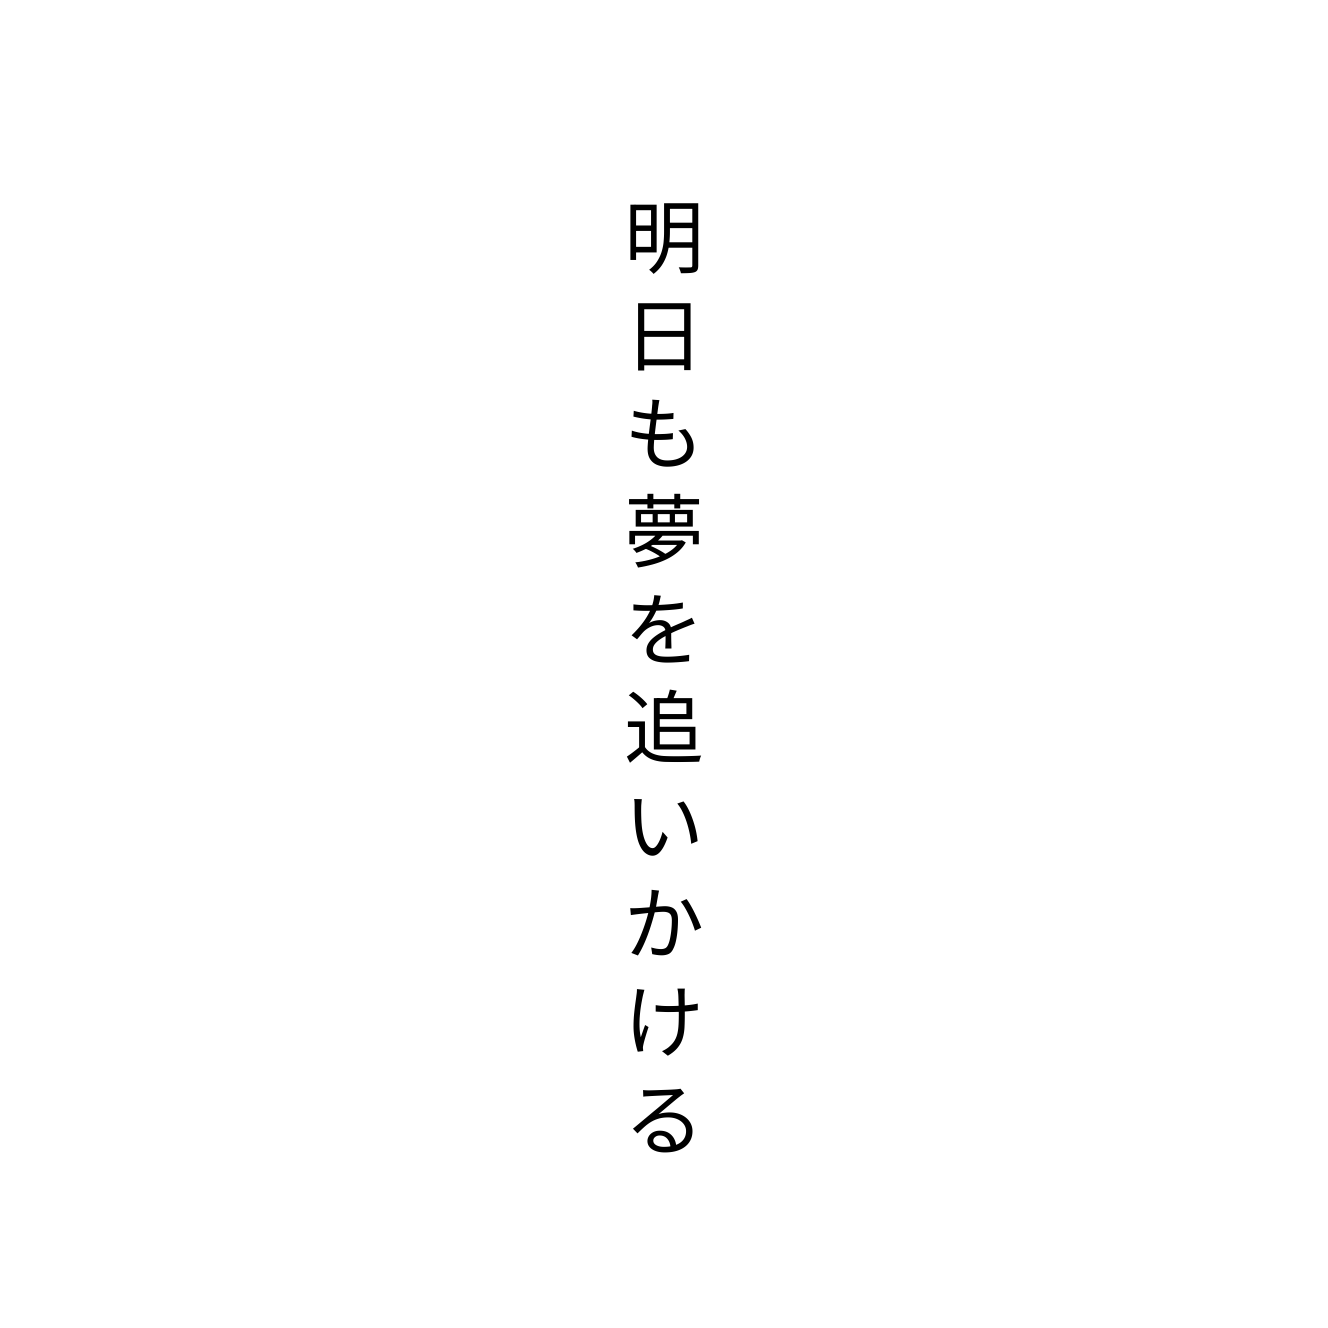
明日も夢を追いかける